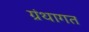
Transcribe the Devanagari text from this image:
ग्रंथागत